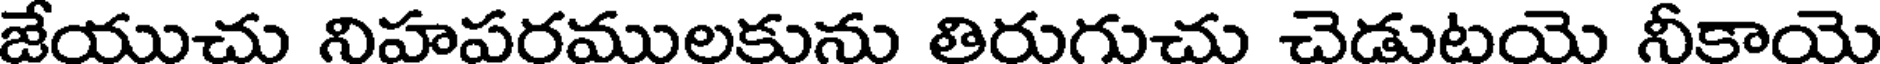
జేయుచు నిహపరములకును తిరుగుచు చెడుటయె నీకాయె